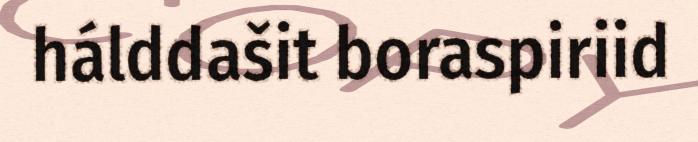
hálddašit boraspiriid